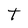
Character: t